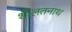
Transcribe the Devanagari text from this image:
शीलतनाथ